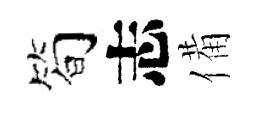
简志備